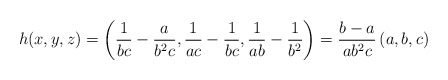
\begin{align*}h(x, y, z)=\left(\frac1{bc}-\frac a{b^2c},\frac1{ac}-\frac1{bc},\frac1{ab}-\frac1{b^2} \right) = \frac{b-a}{ab^2c} \left(a, b, c \right)\end{align*}